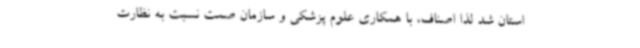
استان شد لذا اصناف، با همکاری علوم پزشکی و سازمان صمت نسبت به نظارت